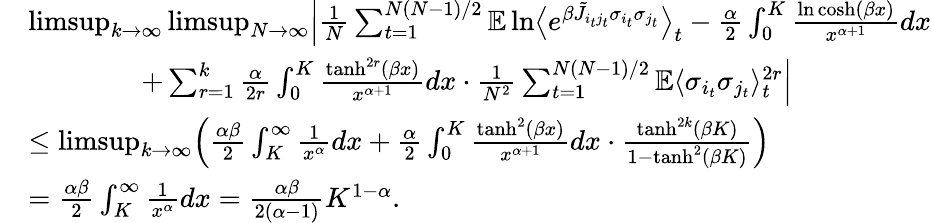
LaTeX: \begin{array}{rl}&{\operatorname*{limsup}_{k\to\infty}\operatorname*{limsup}_{N\to\infty}\Bigl|\frac{1}{N}\sum_{t=1}^{N(N-1)/2}\mathbb E\ln\bigl\langle e^{\beta\tilde{J}_{i_{t}j_{t}}\sigma_{i_{t}}\sigma_{j_{t}}}\bigr\rangle_{t}-\frac{\alpha}{2}\int_{0}^{K}\frac{\ln\cosh(\beta x)}{x^{\alpha+1}}dx}\\ &{\qquad\qquad+\sum_{r=1}^{k}\frac{\alpha}{2r}\int_{0}^{K}\frac{\operatorname{tanh}^{2r}(\beta x)}{x^{\alpha+1}}dx\cdot\frac{1}{N^{2}}\sum_{t=1}^{N(N-1)/2}\mathbb E\langle\sigma_{i_{t}}\sigma_{j_{t}}\rangle_{t}^{2r}\Bigr|}\\ &{\leq\operatorname*{limsup}_{k\to\infty}\Bigl(\frac{\alpha\beta}{2}\int_{K}^{\infty}\frac{1}{x^{\alpha}}dx+\frac{\alpha}{2}\int_{0}^{K}\frac{\operatorname{tanh}^{2}(\beta x)}{x^{\alpha+1}}dx\cdot\frac{\operatorname{tanh}^{2k}(\beta K)}{1-\operatorname{tanh}^{2}(\beta K)}\Bigr)}\\ &{=\frac{\alpha\beta}{2}\int_{K}^{\infty}\frac{1}{x^{\alpha}}dx=\frac{\alpha\beta}{2(\alpha-1)}K^{1-\alpha}.}\end{array}